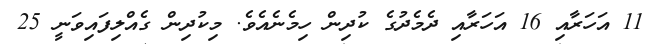
11 އަހަރާއި 16 އަހަރާއި ދެމެދުގެ ކުދިން ހިމެނެއެވެ. މިކުދިން ގެއްލިފައިވަނީ 25